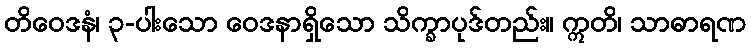
တိဝေဒနံ၊ ၃-ပါးသော ဝေဒနာရှိသော သိက္ခာပုဒ်တည်း။ ဣတိ၊ သာဓာရဏ